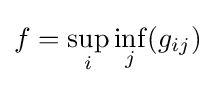
f=\sup _{i}\inf _{j}(g_{ij})